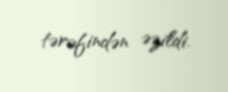
tərəfindən əzildi.